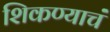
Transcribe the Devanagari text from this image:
शिकण्याचं